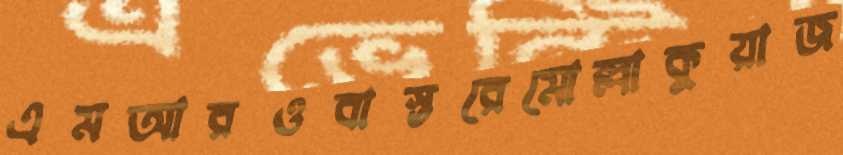
এমআরওবাস্তরেমোল্লাকুয়াজ